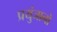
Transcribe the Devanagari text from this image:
प्रयुंजानो